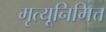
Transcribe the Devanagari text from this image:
मृत्यूनिमित्त